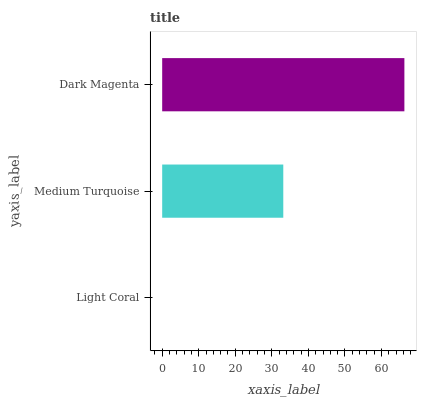
| yaxis_label | bars |
 | --- | --- |
 | Light Coral | 0 |
 | Medium Turquoise | 33.1 |
 | Dark Magenta | 66.3 |